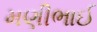
મણીભાઈ